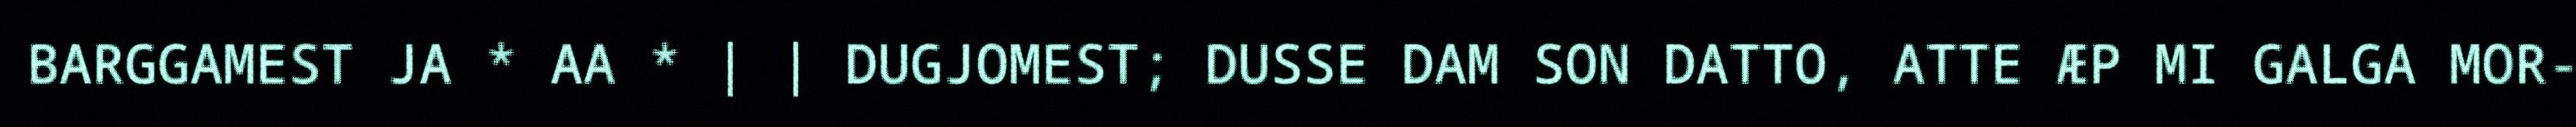
BARGGAMEST JA * AA * | | DUGJOMEST; DUSSE DAM SON DATTO, ATTE ÆP MI GALGA MOR-